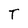
Character: T